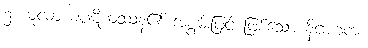
၅။ မူလာယပဋိကဿန၏ အစွမ်းဖြင့် ဖြစ်သော နိဂ္ဂဟကံ၊